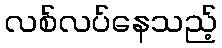
လစ်လပ်နေသည့်